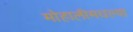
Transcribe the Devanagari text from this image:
मोहालीमधल्या